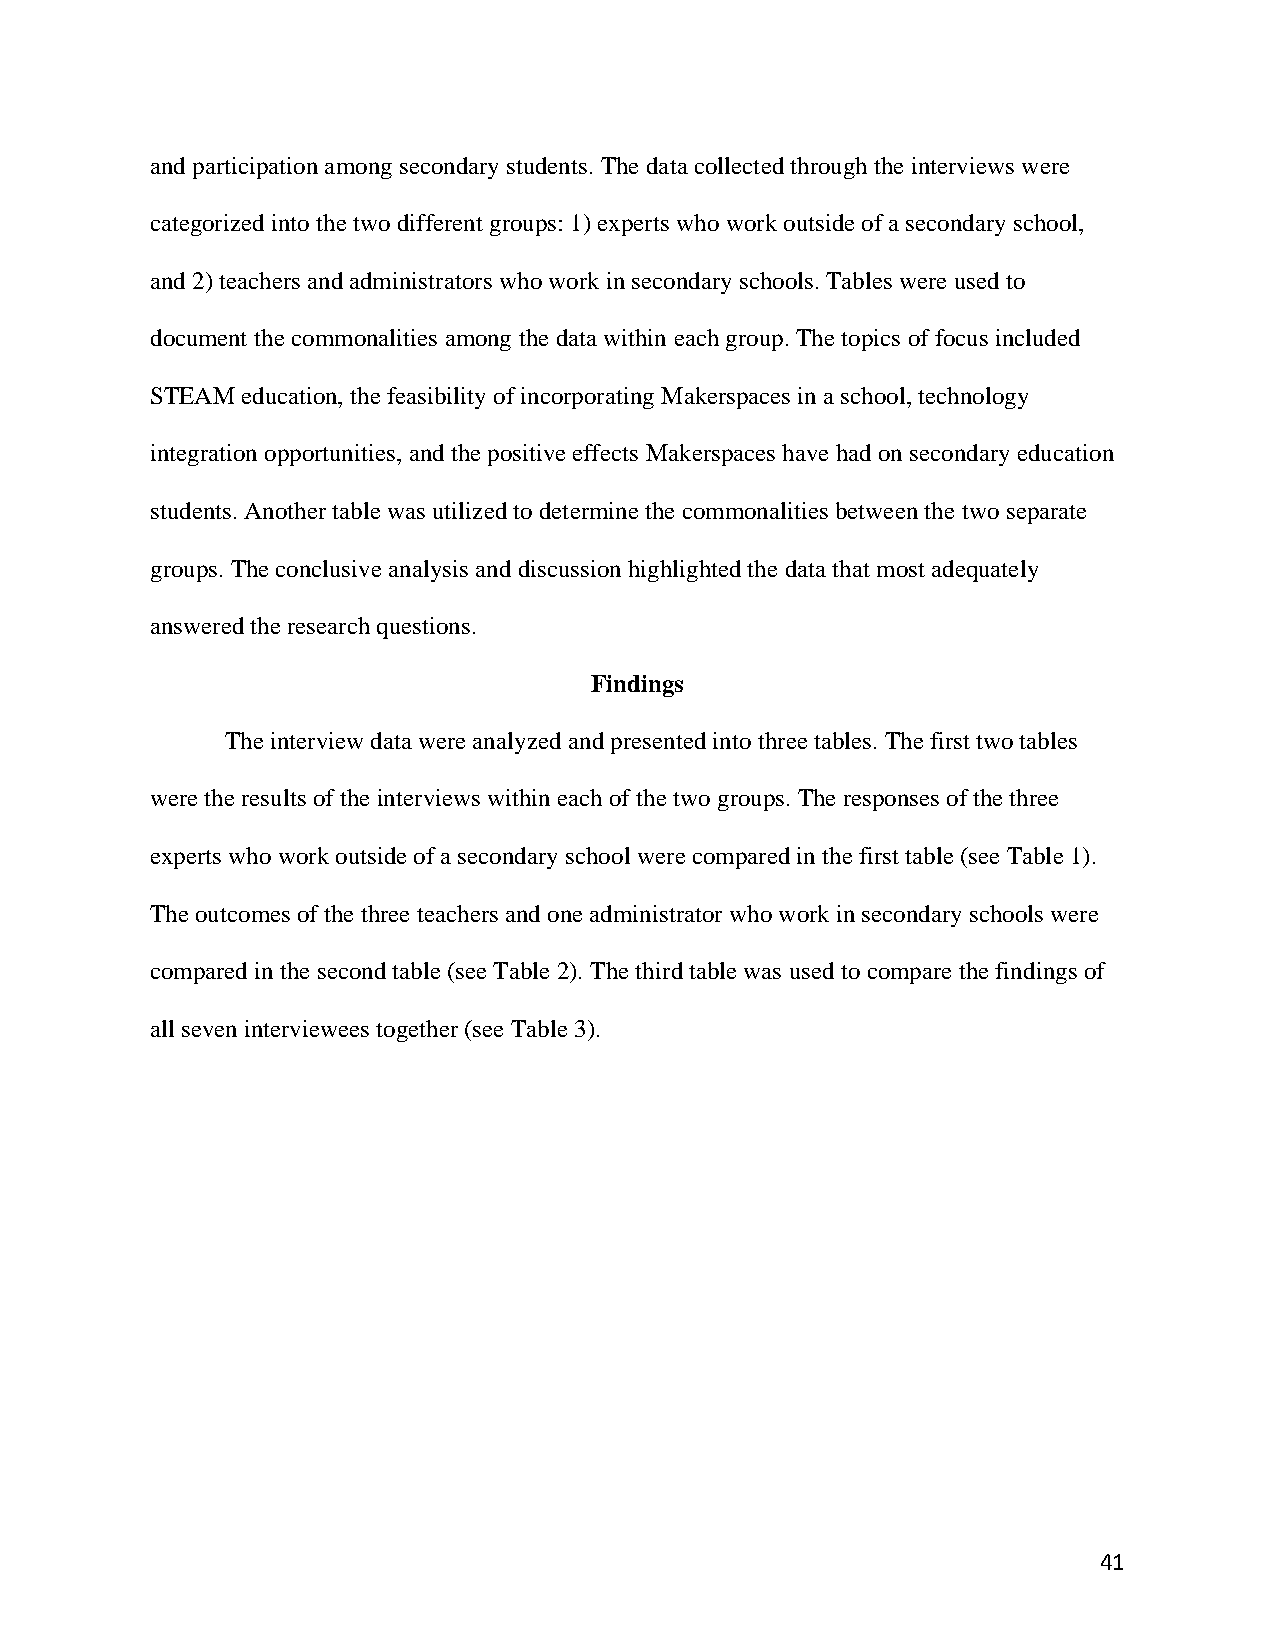
and participation among secondary students. The data collected through the interviews were
 categorized into the two different groups: 1) experts who work outside of a secondary school,
 and 2) teachers and administrators who work in secondary schools. Tables were used to
 document the commonalities among the data within each group. The topics of focus included
 STEAM education, the feasibility of incorporating Makerspaces in a school, technology
 integration opportunities, and the positive effects Makerspaces have had on secondary education
 students. Another table was utilized to determine the commonalities between the two separate
 groups. The conclusive analysis and discussion highlighted the data that most adequately
 answered the research questions.
 Findings
 The interview data were analyzed and presented into three tables. The first two tables
 were the results of the interviews within each of the two groups. The responses of the three
 experts who work outside of a secondary school were compared in the first table (see Table 1).
 The outcomes of the three teachers and one administrator who work in secondary schools were
 compared in the second table (see Table 2). The third table was used to compare the findings of
 all seven interviewees together (see Table 3).
 41